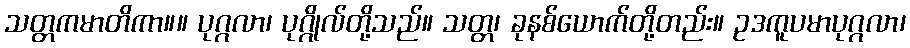
သတ္တကမာတိကာ။။ ပုဂ္ဂလာ၊ ပုဂ္ဂိုလ်တို့သည်။ သတ္တ၊ ခုနစ်ယောက်တို့တည်း။ ဥဒကူပမာပုဂ္ဂလာ၊